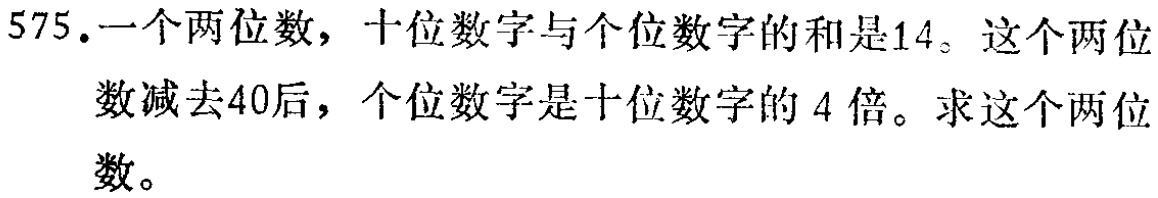
575.一个两位数，十位数字与个位数字的和是14。这个两位数减去40后，个位数字是十位数字的4倍。求这个两位数。